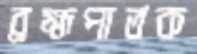
ব্রহ্মপাতক